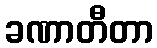
ခဏာတီတာ